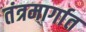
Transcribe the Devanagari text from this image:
तंत्रमार्गात